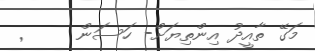
މަގޭ ތާއީދު އިންތިޔަށް- ހަސަން